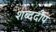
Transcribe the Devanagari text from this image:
शब्ददीप